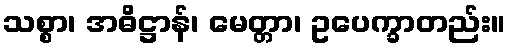
သစ္စာ၊ အဓိဋ္ဌာန်၊ မေတ္တာ၊ ဥပေက္ခာတည်း။